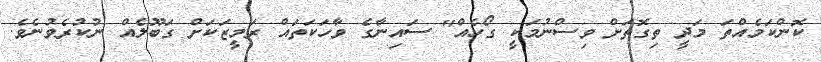
ކޮންކަމެއްތަ މަދީ ތިގޮތަށް ވިސްނުމަކީ ގޯހެއް" ސައިނާގެ ވާހަކަތައް ރަމީޒަކަށް ގަބޫލެއް ނުކުރެވުނެވެ.